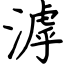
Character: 滹